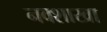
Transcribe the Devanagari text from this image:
नवशाखा